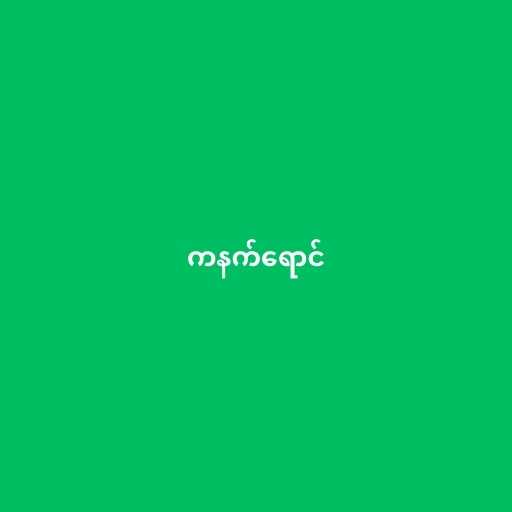
ကနက်ရောင်